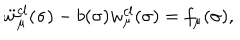
LaTeX: \ddot { w } _ { \mu } ^ { c l } ( \sigma ) - b ( \sigma ) { w } _ { \mu } ^ { c l } ( \sigma ) = f _ { \mu } ( \sigma ) ,